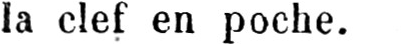
la clef en poche.